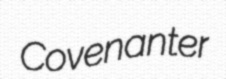
Covenanter